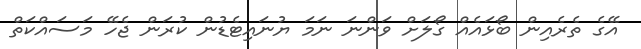
އޭގެ ތެރެއިން ބޯޅައެއް ގޯލަށް ވަންނަ ނަމަ ޔުނައިޓެޑުން ކުރަން ޖެހޭ މަސައްކަތް